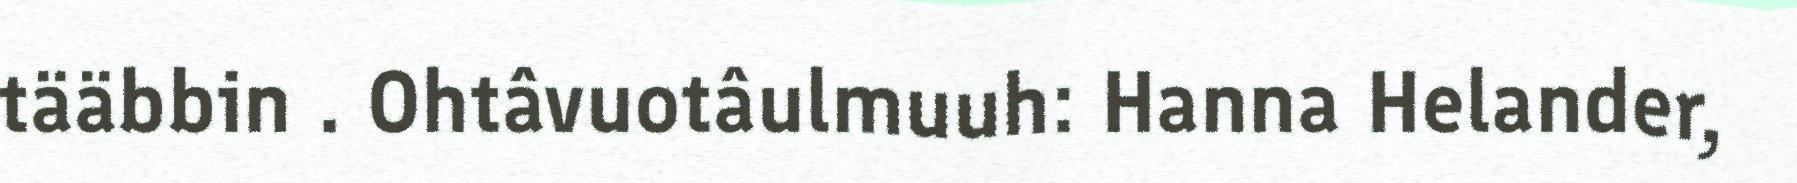
tääbbin . Ohtâvuotâulmuuh: Hanna Helander,